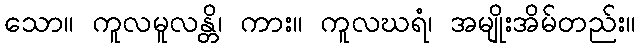
သော။ ကူလမူလန္တိ၊ ကား။ ကူလဃရံ၊ အမျိုးအိမ်တည်း။